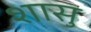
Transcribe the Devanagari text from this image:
शासु